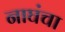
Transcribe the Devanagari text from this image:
नाघंचा